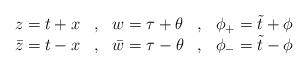
LaTeX: \begin{align*}\begin{array}{lclcl}z=t+x & , & w=\tau +\theta & , & \phi_{+}=\tilde{t} +\phi \\ \bar{z}=t-x & , & \bar{w}=\tau -\theta & , & \phi _{-}=\tilde{t} -\phi\end{array}\end{align*}